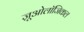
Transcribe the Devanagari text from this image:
ज़ूओलॉजिकल